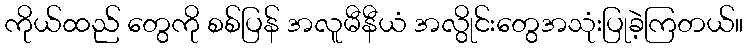
ကိုယ်ထည် တွေကို စစ်ပြန် အလူမီနီယံ အလွိုင်းတွေအသုံးပြုခဲ့ကြတယ်။